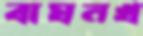
বাঘনখ